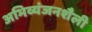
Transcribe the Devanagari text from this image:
अभिव्यंजनशैली